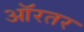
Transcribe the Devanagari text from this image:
ऑरतर